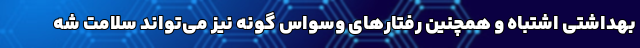
بهداشتی اشتباه و همچنین رفتارهای وسواس گونه نیز می‌تواند سلامت شه